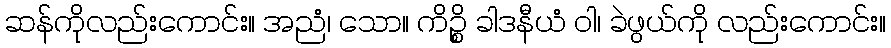
ဆန်ကိုလည်းကောင်း။ အညံ၊ သော။ ကိဉ္စိ ခါဒနီယံ ဝါ၊ ခဲဖွယ်ကို လည်းကောင်း။